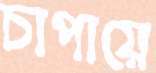
চাপায়ে